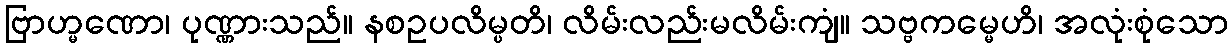
ဗြာဟ္မဏော၊ ပုဏ္ဏားသည်။ နစဥပလိမ္ပတိ၊ လိမ်းလည်းမလိမ်းကျံ။ သဗ္ဗကမ္မေဟိ၊ အလုံးစုံသော